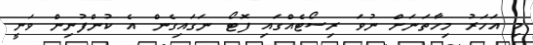
މި އަހަރު މިހާތަނަށް ނުވަ ރިސޯޓެއްގައި ފޮޓޯ ނަގައިގެން އެ ކުންފުނިން ވަނީ